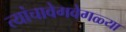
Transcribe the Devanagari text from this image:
त्यांचावेगवेगळ्या